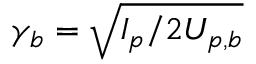
\gamma _ { b } = \sqrt { I _ { p } / 2 U _ { p , b } }